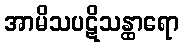
အာမိသပဋိသန္ထာရော